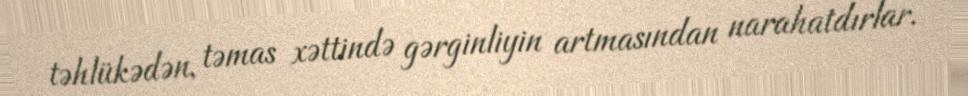
təhlükədən, təmas xəttində gərginliyin artmasından narahatdırlar.